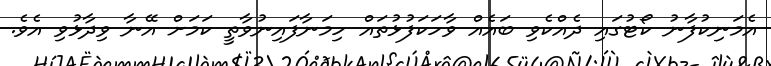
އެމަނިކުފާނު ކޯޓުގައި ދެއްކެވި ބައެއް ވާހަކަފުޅުތައް ހިމަނާފައިނުވާތީ ކަމަށް އޭނާ ވިދާޅުވި އެވެ.